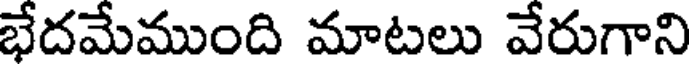
భేదమేముంది మాటలు వేరుగాని